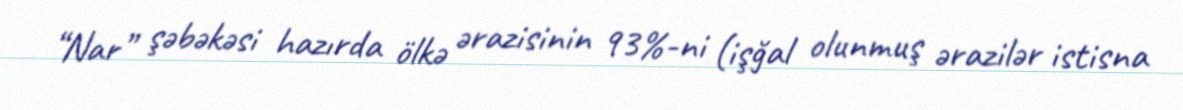
“Nar” şəbəkəsi hazırda ölkə ərazisinin 93%-ni (işğal olunmuş ərazilər istisna